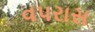
વપરાસ